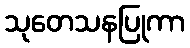
သုတေသနပြုကာ